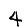
Digit: 4